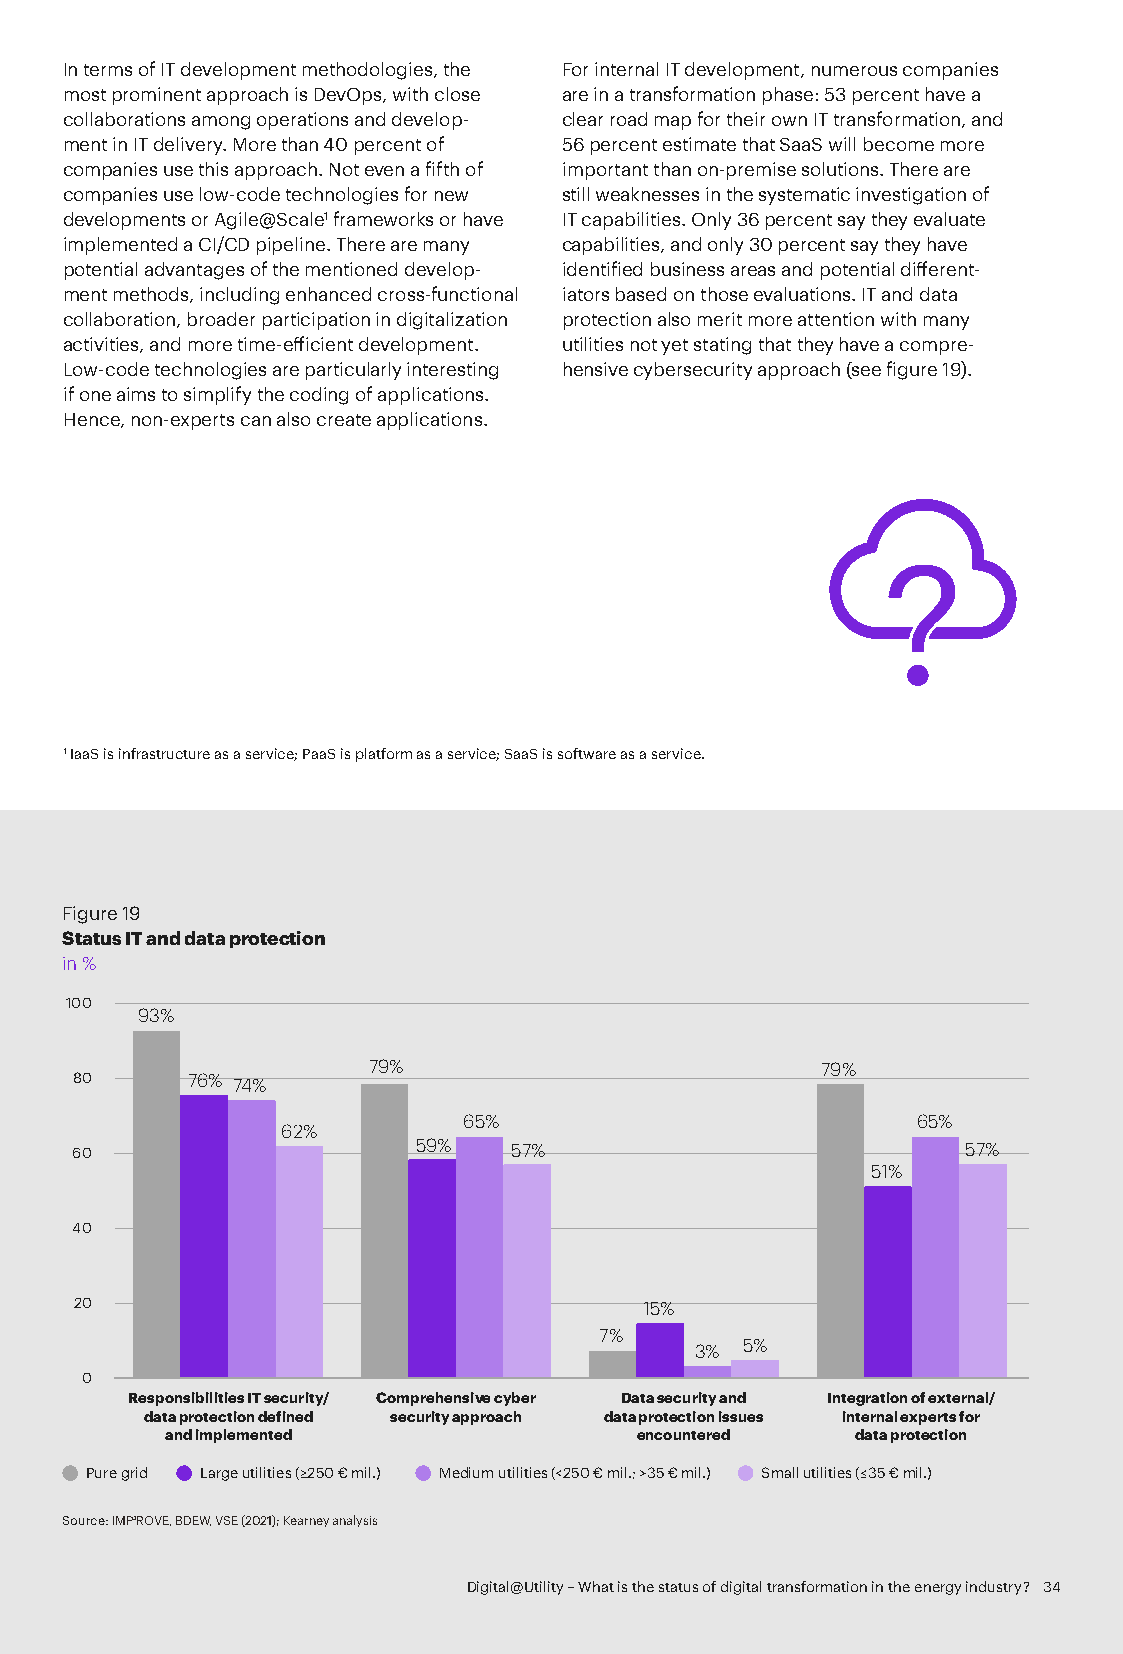
In terms of IT development methodologies, the For internal IT development, numerous companies
 most prominent approach is DevOps, with close are in a transformation phase: 53 percent have a
 collaborations among operations and develop- clear road map for their own IT transformation, and
 ment in IT delivery. More than 40 percent of 56 percent estimate that SaaS will become more
 companies use this approach. Not even a fifth of important than on-premise solutions. There are
 companies use low-code technologies for new still weaknesses in the systematic investigation of
 developments or Agile@Scale1 frameworks or have IT capabilities. Only 36 percent say they evaluate
 implemented a CI/CD pipeline. There are many capabilities, and only 30 percent say they have
 potential advantages of the mentioned develop- identified business areas and potential different-
 ment methods, including enhanced cross-functional iators based on those evaluations. IT and data
 collaboration, broader participation in digitalization protection also merit more attention with many
 activities, and more time-efficient development. utilities not yet stating that they have a compre-
 Low-code technologies are particularly interesting hensive cybersecurity approach (see figure 19).
 if one aims to simplify the coding of applications.
 Hence, non-experts can also create applications.
 ??
 1 IaaS is infrastructure as a service; PaaS is platform as a service; SaaS is software as a service.
 Figure 19
 Status IT and data protection
 in %
 100
 93%
 79%                           79%
 80     76% 74%
 65%                           65%
 62%
 60                    59%    57%                           57%
 51%
 40
 20                                    15%
 7%
 3% 5%
 0
 Responsibilities IT security/ Comprehensive cyber Data security and Integration of external/
 data protection defined security approach data protection issues internal experts for
 and implemented                encountered    data protection
 Pure grid Large utilities (≥250 € mil.) Medium utilities (<250 € mil.; >35 € mil.) Small utilities (≤35 € mil.)
 Source: IMP³ROVE, BDEW, VSE (2021); Kearney analysis
 Digital@Utility – What is the status of digital transformation in the energy industry? 34